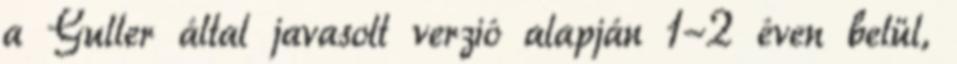
a Guller által javasolt verzió alapján 1-2 éven belül,